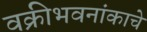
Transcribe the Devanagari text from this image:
वक्रीभवनांकाचे